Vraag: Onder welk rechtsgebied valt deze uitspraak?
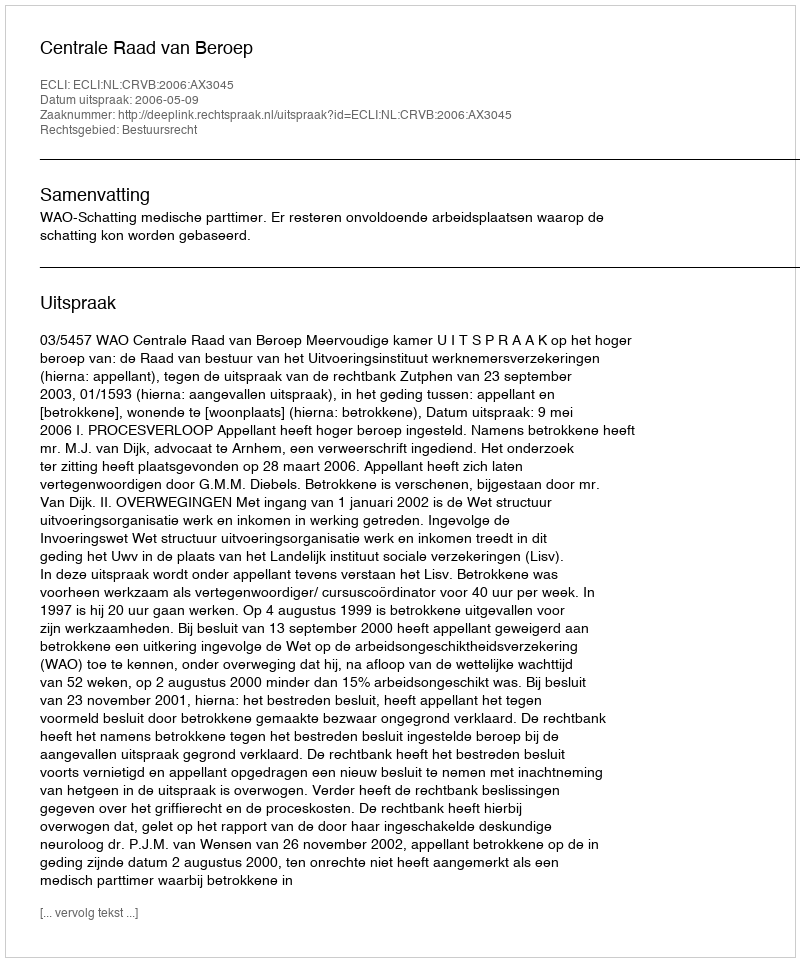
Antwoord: Bestuursrecht